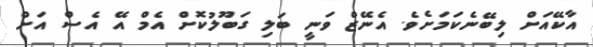
އާކޭއަށް ލިބޭނެކަމަށެވެ. އެނޭޒް ވަނީ ބަލި ގަބޫލުކޮށް އެމް އޭ އެސް އަށް